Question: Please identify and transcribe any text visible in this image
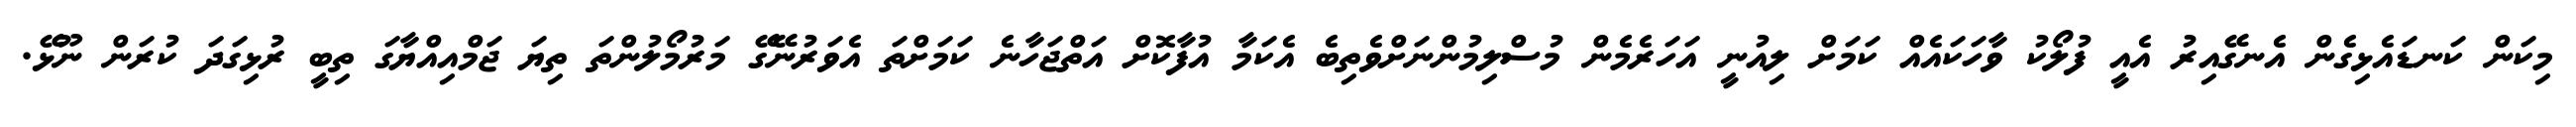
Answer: މިކަން ކަނޑައެޅިގެން އެނގޭއިރު އެއީ ފުލޯކު ވާހަކައެއް ކަމަށް ލިއުނީ އަހަރެމެން މުސްލިމުންނަށްވެތިބެ އެކަމާ އުފާކޮށް އަތްޖަހާނެ ކަމަށްތަ އެވަރުނޭގޭ މަރުމޯލުންތަ ތިޔަ ޖަމްއިއްޔާގަ ތިބީ ރުޅިގަދަ ކުރަން ނޫޅޭ.